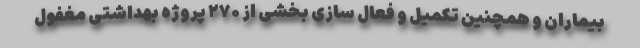
بیماران و همچنین تکمیل و فعال سازی بخشی از ۲۷۰ پروژه بهداشتی مغفول